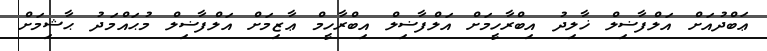
ޢަބްދުއަށް އަލްފާޟިލް ޚާލިދު އިބްރާހީމަށް އަލްފާޟިލް އިބްރާހީމް ޢާޒިމަށް އަލްފާޟިލް މުޙައްމަދު ޙާޝިމަށް